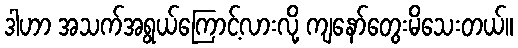
ဒါဟာ အသက်အရွယ်ကြောင့်လားလို့ ကျနော်တွေးမိသေးတယ်။